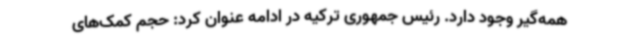
همه‌گیر وجود دارد. رئیس جمهوری ترکیه در ادامه عنوان کرد: حجم کمک‌های